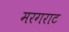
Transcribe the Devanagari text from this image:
मरगराट